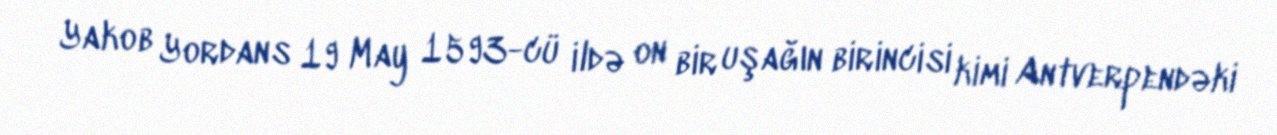
Yakob Yordans 19 May 1593-cü ildə on bir uşağın birincisi kimi Antverpendəki